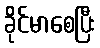
ခိုင်မာစေပြီး